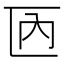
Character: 𠥮